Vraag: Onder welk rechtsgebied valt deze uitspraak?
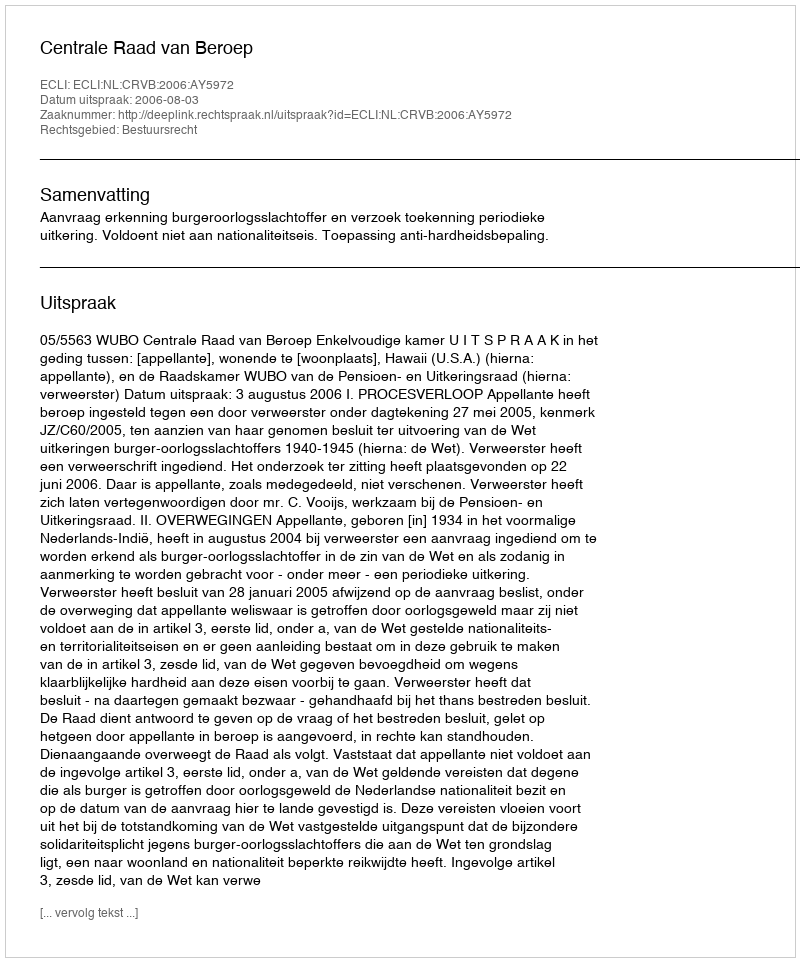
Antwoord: Bestuursrecht